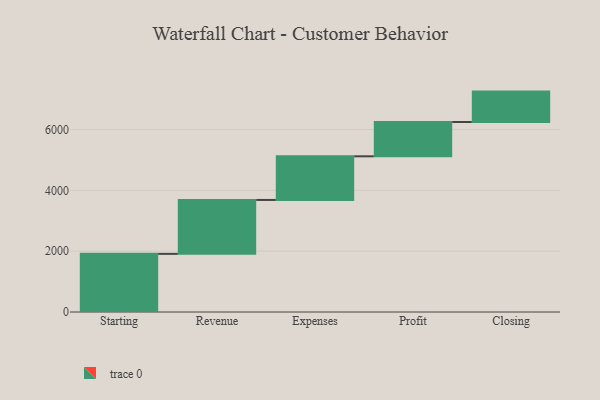
{"axis": {"x": "Step", "y": "Value"}, "legend": [""], "data": [{"x": "Starting", "y": 1912.0, "type": ""}, {"x": "Revenue", "y": 1773.0, "type": ""}, {"x": "Expenses", "y": 1435.0, "type": ""}, {"x": "Profit", "y": 1128.0, "type": ""}, {"x": "Closing", "y": 1000, "type": ""}]}